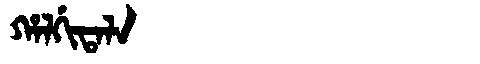
Manchu: ᡥᠠᠯᡤᡳᡨᠠᠯᠠ
Romanization: HALGITALA